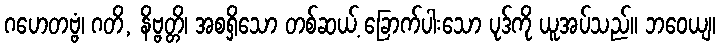
ဂဟေတဗ္ဗံ၊ ဂတိ, နိဗ္ဗတ္တိ၊ အစရှိသော တစ်ဆယ့် ခြောက်ပါးသော ပုဒ်ကို ယူအပ်သည်။ ဘဝေယျ၊